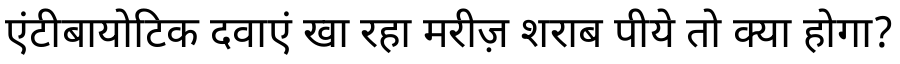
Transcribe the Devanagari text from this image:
एंटीबायोटिक दवाएं खा रहा मरीज़ शराब पीये तो क्या होगा?